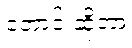
တောင်းဆိုတာ